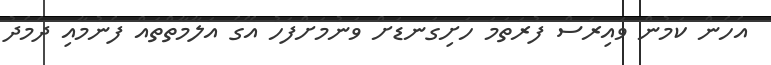
އެހެން ކަމުން ވައިރަސް ފުރަތަމަ ހަށިގަނޑަށް ވަނުމަށްފަހު އޭގެ އަލާމާތްތައް ފެނުމާއި ދެމެދު